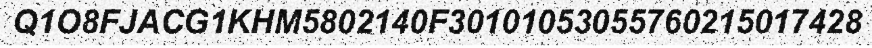
Q1O8FJACG1KHM5802140F30101053055760215017428